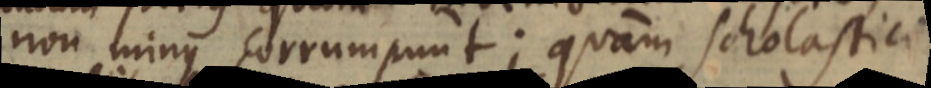
non minus corrumpunt; quam Scholastici